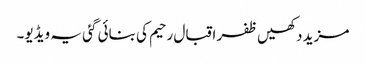
مزید دکھیں ظفر اقبال رحیم کی بنائی گئی یہ ویڈیو۔